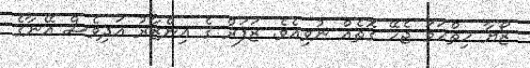
ޒޯޔާ ހިތްހަމަ ޖެހޭ ގޮތެއް ނުވިއެވެ. ޒަފަރް ގެ އިންޒާރު އަދިވެސް އޭނާގެ